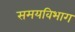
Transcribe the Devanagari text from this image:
समयविभाग